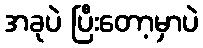
အခုပဲ ပြီးတော့မှာပဲ